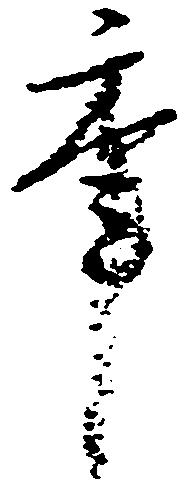
年